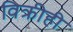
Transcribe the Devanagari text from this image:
विक्रीही